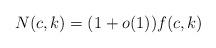
LaTeX: \begin{align*} N(c,k) = (1+o(1)) f(c,k)\end{align*}